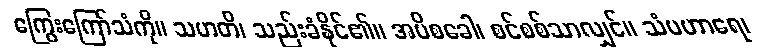
ကြွေးကြော်သံကို။ သဟတိ၊ သည်းခံနိုင်၏။ အပိစခေါ၊ စင်စစ်သာလျှင်။ သံပဟာရေ၊